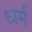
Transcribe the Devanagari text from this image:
ध्‍ार्म